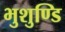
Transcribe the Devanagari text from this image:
भुशुण्डि